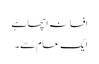
افسانہ اچھا ہے
ایک عام سے ۔